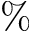
\%